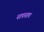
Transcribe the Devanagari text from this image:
सपसप